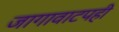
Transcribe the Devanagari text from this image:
जागावाटपही